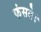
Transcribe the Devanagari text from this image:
फंसते।